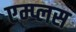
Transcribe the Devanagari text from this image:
एम्प्लस